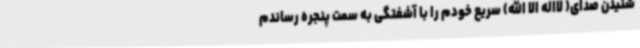
شنیدن صدای( لااله الا الله) سریع خودم را با آشفتگی به سمت پنجره رساندم